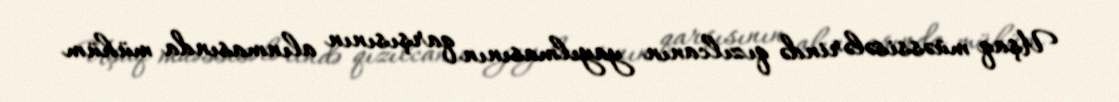
Uşaq müəssisələrində qızılcanın yayılmasının qarşısının alınmasında mühüm